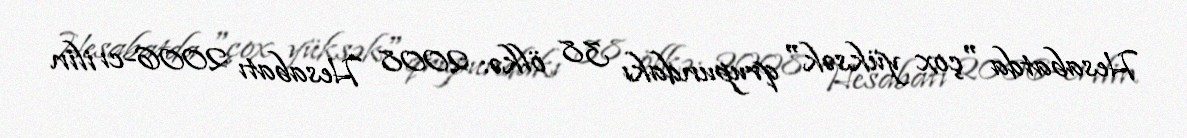
Hesabatda "çox yüksək" qrupundakı 38 ölkə: 2008 Hesabatı 2006-cı ilin